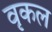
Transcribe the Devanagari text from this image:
वृकल